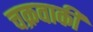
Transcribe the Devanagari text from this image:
चक्रवाकी